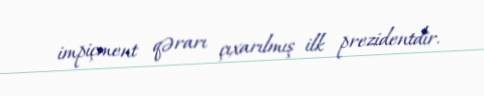
impiçment qərarı çıxarılmış ilk prezidentdir.